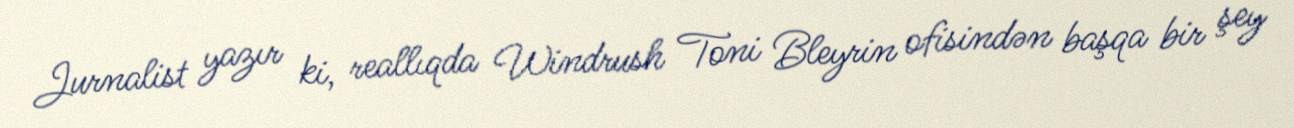
Jurnalist yazır ki, reallıqda Windrush Toni Bleyrin ofisindən başqa bir şey